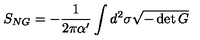
S _ { N G } = - { \frac { 1 } { 2 \pi \alpha ^ { \prime } } } \int d ^ { 2 } \sigma \sqrt { - \det G }